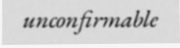
unconfirmable